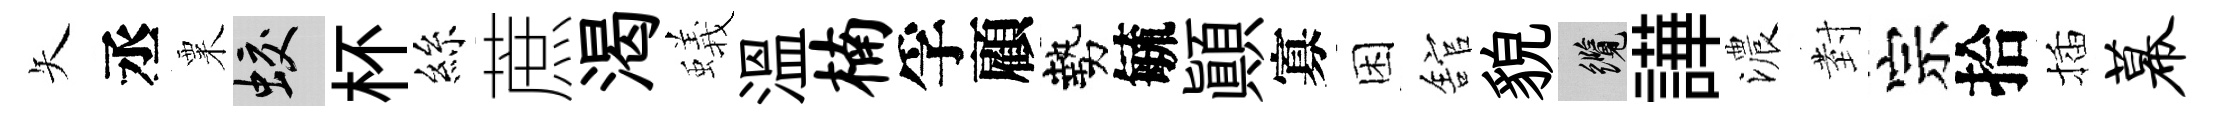
矢丞粟蛟杯絲蔗渴蟻溫楠孚顧勢毓顚寡困舘貌纜譁濃𭔹宗拾插幕